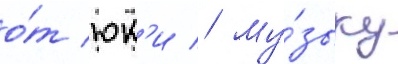
о́т юк'и // Му́зыку